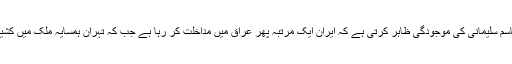
امریکہ کا کہنا ہے کہ قاسم سلیمانی کی موجودگی ظاہر کرتی ہے کہ ایران ایک مرتبہ پھر عراق میں مداخلت کر رہا ہے جب کہ تہران ہمسایہ ملک میں کشیدگی کو ہوا دے رہا ہے۔